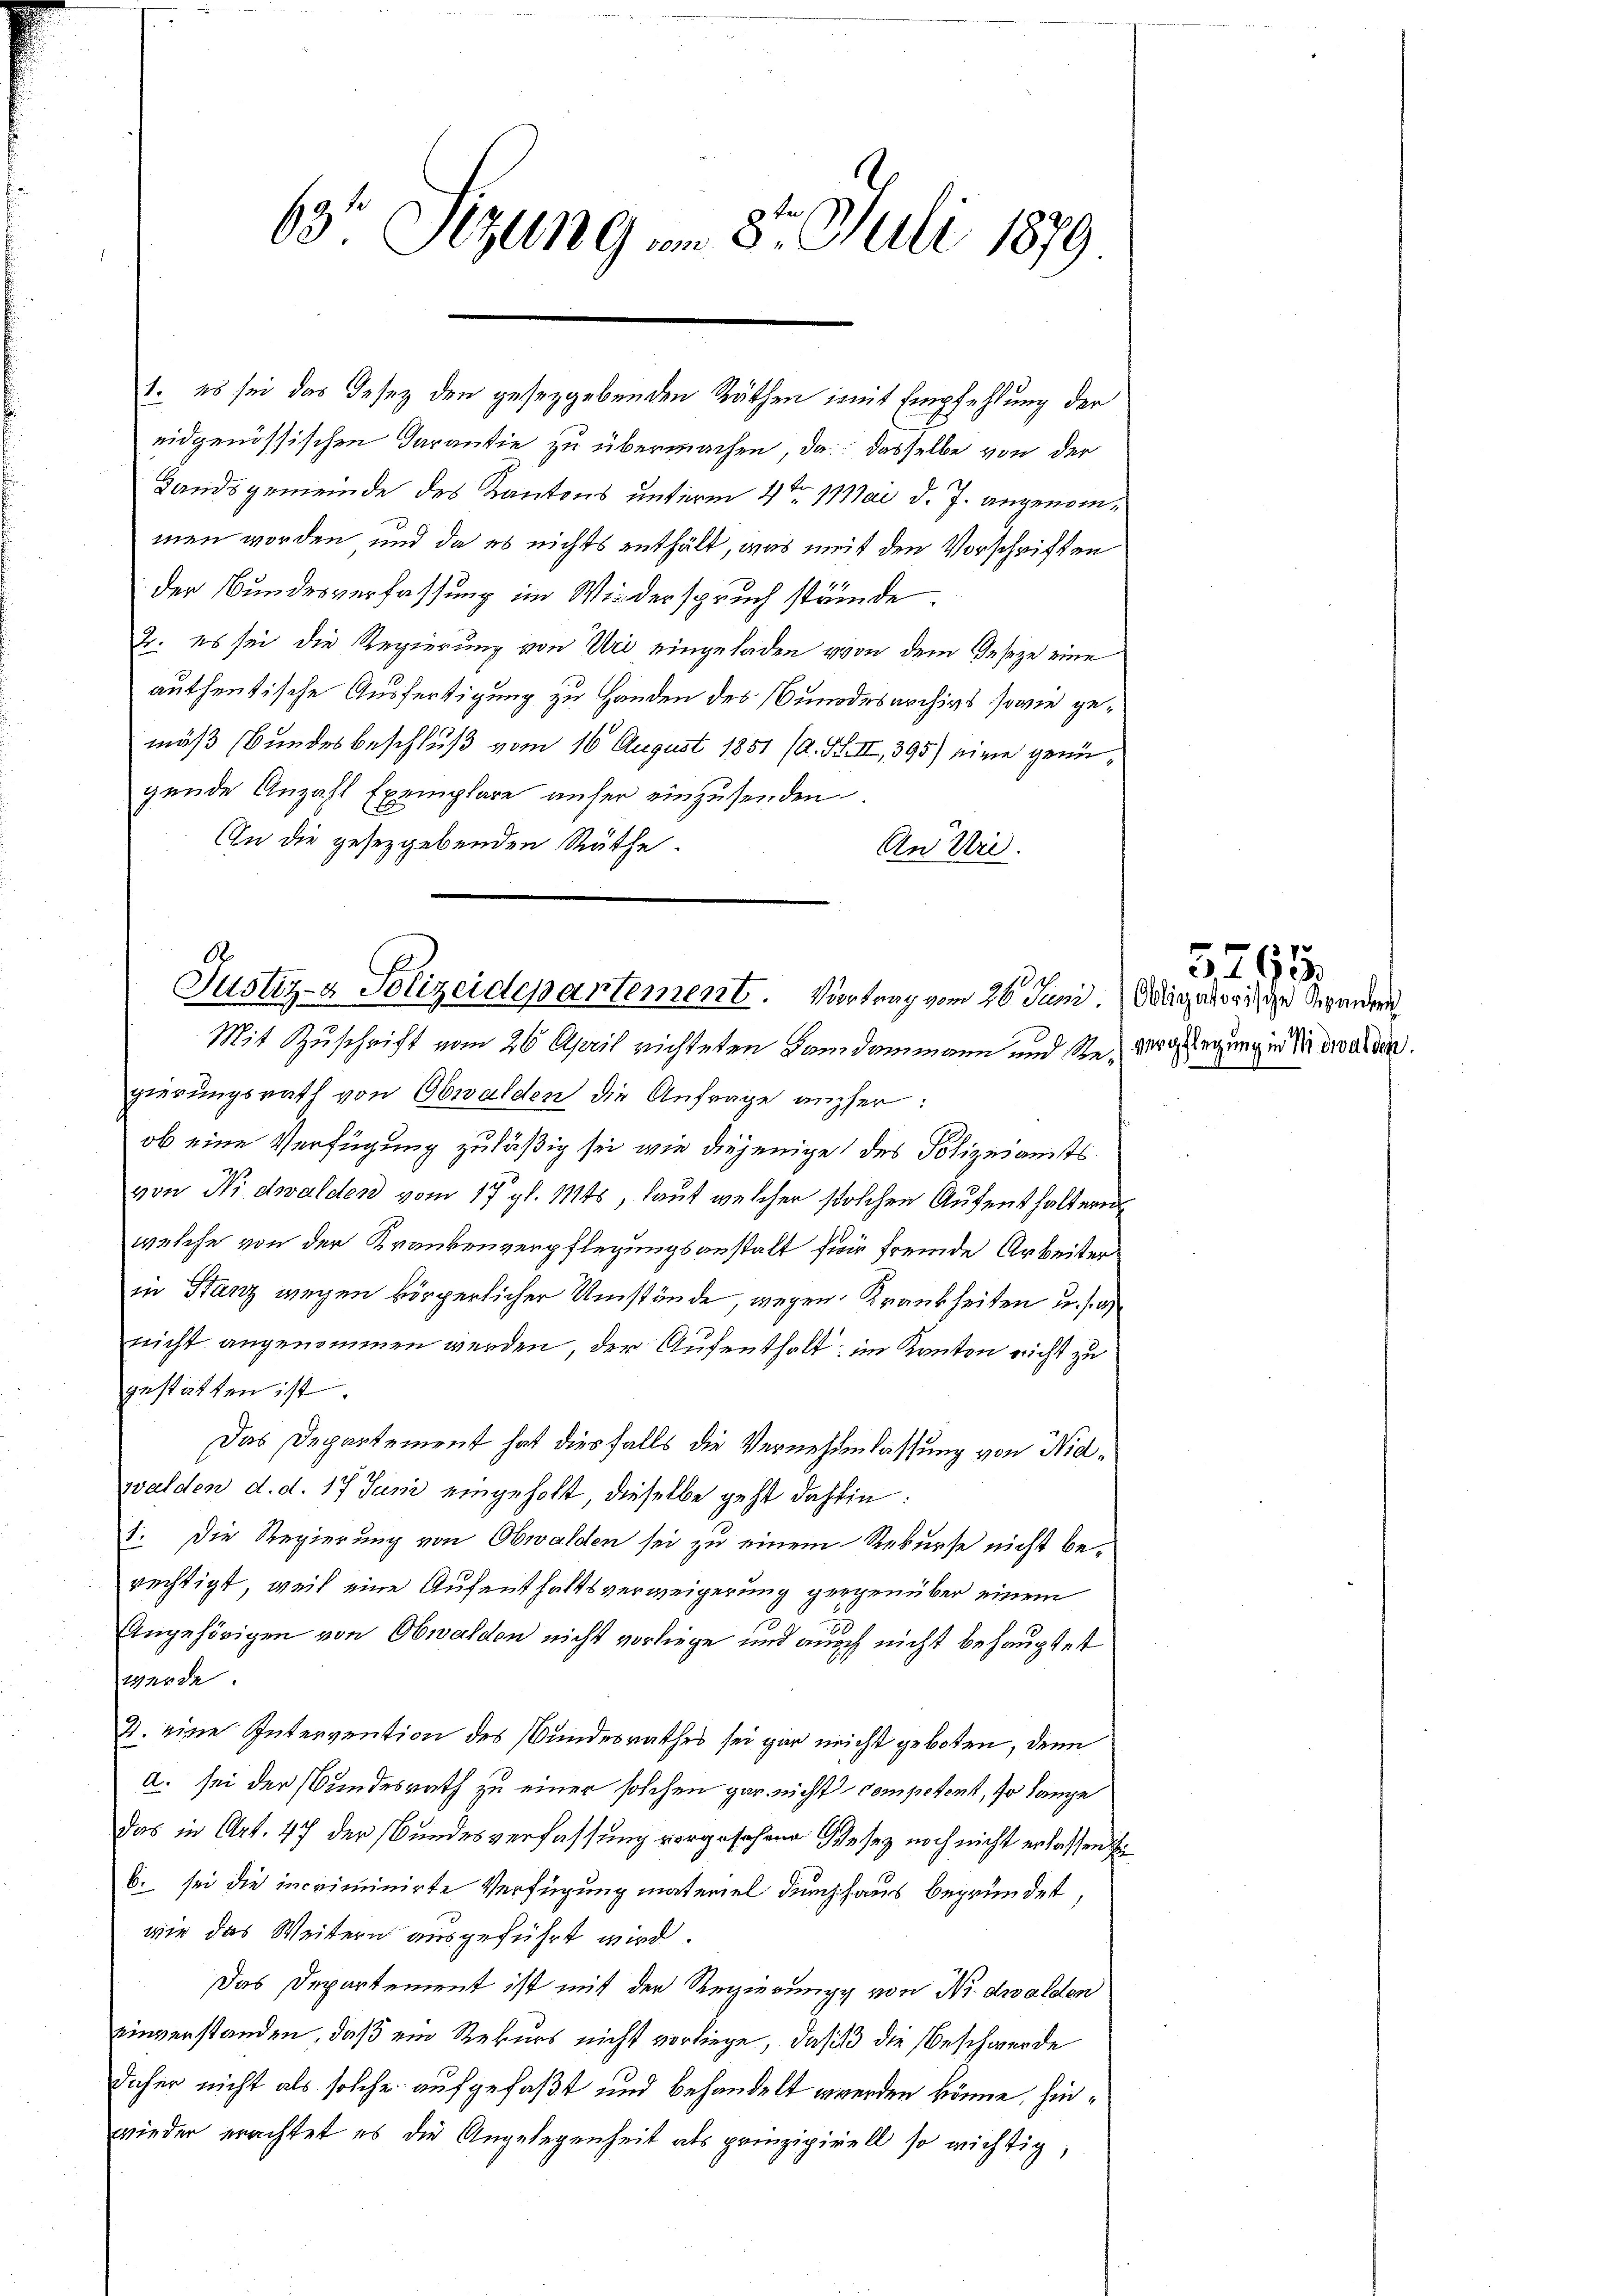
63 Sezung am 8. Juli 1879

1. es sei das Gesez den gesetzgebenden Räthen mit Empfehlung der
eidgenössischen Darantie zu übermachen, da dasselbe von der
Landsgemeinde des Kantons unterm 4ten 1 Mai d. J. angenommen worden, und da es nichts enthält, was weit den Vorschriften
der Bundesverfassung im Wiederspruch stände.
2. es sei die Regierung von Uri eingeladen von dem Geseze eine
authentische Ausfertigung zu Handen des Bundesarchivs sowie gemäß (Bundesbeschluß vom 16. August 1851 (A. H. II, 395) eine genügende Anzahl Exemplare unser einzusenden
An die gesetzgebenden Räthe.
An Uri.

184
Justiz- & Polizeidepartement. Vortrag vom 26. Juni. Magarische Kindern
Mit Zuschrift vom 26. April richteten Bandammann und Ste, verlegung in Nidwalden.

gierungsrath von Obwalden die Anfrage anher:
ob eine Verfügung zuläßig sei, wie diejenige des Polizeiamtsvon Nidwalden vom 17. gl. 11ts, laut welcher solchen Aufenthaltern
welche von der Krankenverpflegungsanstalt für fremde Arbeiter
in Stanz wegen körperlicher Umstände, wegen Krankheiten u. s. a
nicht angenommen werden, der Aufenthalt; im Kanton nicht zu
gestätten ist.
Das Departement hat diesfalls die Vernehmlassung von Nidwalden d. d. 17 Juni eingeholt, dieselbe geht dahin:
1. Die Regierung von Obwalden sei zu einem Rekurse nicht berechtigt, weil eine Aufenthaltsverweigerung gegenüber einem
Angehörigen von Obwalden nicht vorliege und auch nicht behauptet
werde.
3. eine Intervention des Bundesrathes sei gar nicht geboten, denn
a. sei der Bundesrath zu einer solchen gar nicht competent, so lange
Das in Art. 47 der Bundesverfassung vorgesehene Gesez noch nicht erlassen in
6. sei die incriminirte Verfügung materiel durchhaus begründet,
wie das Weitern ausgeführt wird.
Das Departement ist mit der Regierung von Nidwalden
einverstanden, daß ein Rekurs nicht vorliege, dass die Beschwerde
daher nicht als solche aufgefaßt und behandelt werden könne, hinwieder erachtet es die Angelegenheit als prinzipirell so wichtig,

5295.